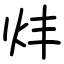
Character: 炐